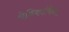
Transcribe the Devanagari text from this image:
मेदिकामिना